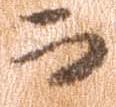
而